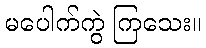
မပေါက်ကွဲ ကြသေး။